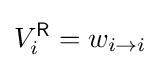
V_{i}^{\mathsf {R}}=w_{i\to i}